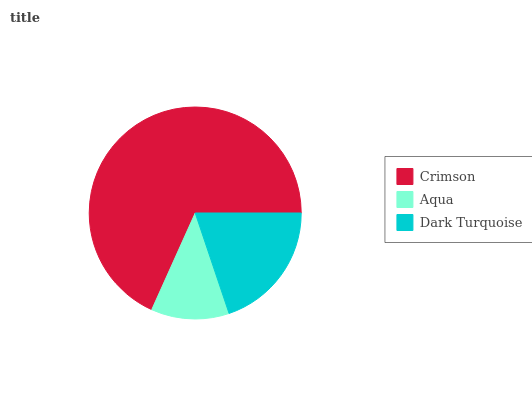
| Crimson | Aqua | Dark Turquoise |
 | --- | --- | --- |
 | 68.2% | 11.9% | 19.9% |